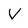
Character: V